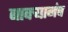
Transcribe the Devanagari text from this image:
बावऱ्यानंच